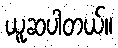
ယူဆပါတယ်။